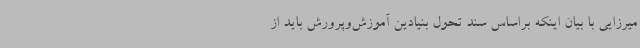
میرزایی با بیان اینکه براساس سند تحول بنیادین آموزش‌وپرورش باید از